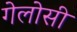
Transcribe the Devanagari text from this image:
गेलोसी